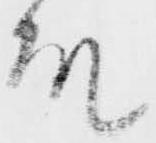
殿